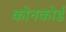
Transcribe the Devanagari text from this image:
कोनकोर्ड